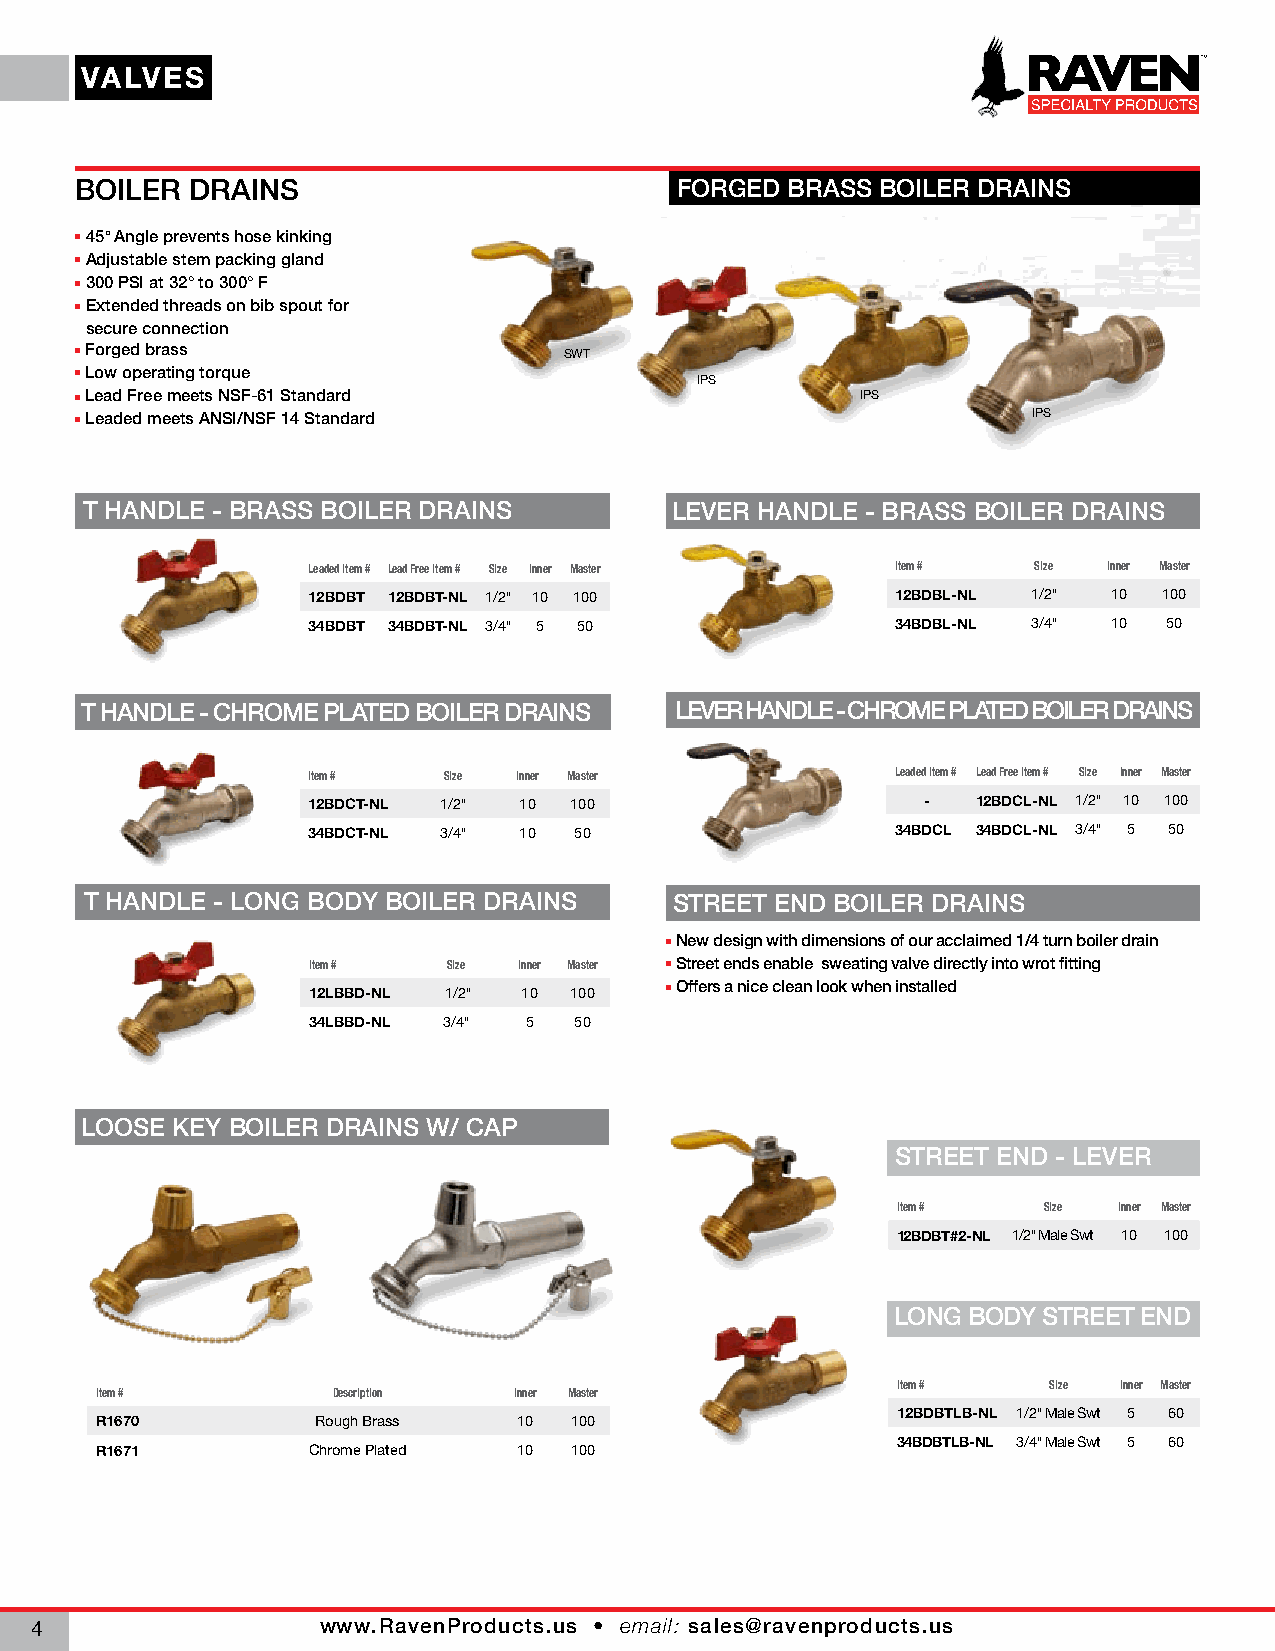
VVAALLVVEESS
 BOILER  DRAINS                          FORGED BRASS BOILER DRAINS
 45° Angle prevents hose kinking
 Adjustable stem packing gland
 300 PSI at 32° to 300° F
 Extended threads on bib spout for
 secure connection
 Forged brass
 SWT
 Low operating torque
 IPS
 Lead Free meets NSF-61 Standard                    IPS
 Leaded meets ANSI/NSF 14 Standard                             IPS
 T HANDLE - BRASS BOILER DRAINS        LEVER HANDLE - BRASS BOILER DRAINS
 Leaded Item # Lead Free Item # Size Inner Master Item # Size Inner Master
 12BDBT 12BDBT-NL 1/2" 10 100           12BDBL-NL 1/2" 10 100
 34BDBT 34BDBT-NL 3/4" 5 50             34BDBL-NL 3/4" 10 50
 T HANDLE - CHROME PLATED BOILER DRAINS  LEVER HANDLE - CHROME PLATED BOILER DRAINS
 Item #   Size Inner Master             Leaded Item # Lead Free Item # Size Inner Master
 12BDCT-NL 1/2" 10 100                    -   12BDCL-NL 1/2" 10 100
 34BDCT-NL 3/4" 10 50                   34BDCL 34BDCL-NL 3/4" 5 50
 T HANDLE - LONG BODY BOILER DRAINS     STREET END BOILER DRAINS
 New design with dimensions of our acclaimed 1/4 turn boiler drain
 Item #    Size Inner Master Street ends enable sweating valve directly into wrot fitting
 Offers a nice clean look when installed
 12LBBD-NL 1/2" 10 100
 34LBBD-NL 3/4" 5  50
 LOOSE KEY BOILER DRAINS W/ CAP
 STREET END - LEVER
 Item #    Size Inner Master
 12BDBT#2-NL 1/2" Male Swt 10 100
 LONG BODY STREET END
 Item #    Size Inner Master
 Item #          Description Inner Master
 12BDBTLB-NL 1/2" Male Swt 5 60
 R1670          Rough Brass  10  100
 34BDBTLB-NL 3/4" Male Swt 5 60
 R1671         Chrome Plated 10  100
 www.RavenProducts.us • email: sales@ravenproducts.us
 4